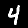
Digit: 4